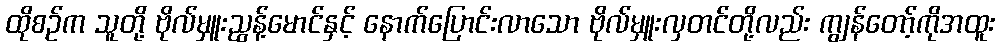
ထိုစဉ်က သူတို့ ဗိုလ်မှူးညွန့်မောင်နှင့် နောက်ပြောင်းလာသော ဗိုလ်မှူးလှတင်တို့လည်း ကျွန်တော့်ကိုအထူး